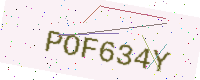
Text: POF634Y